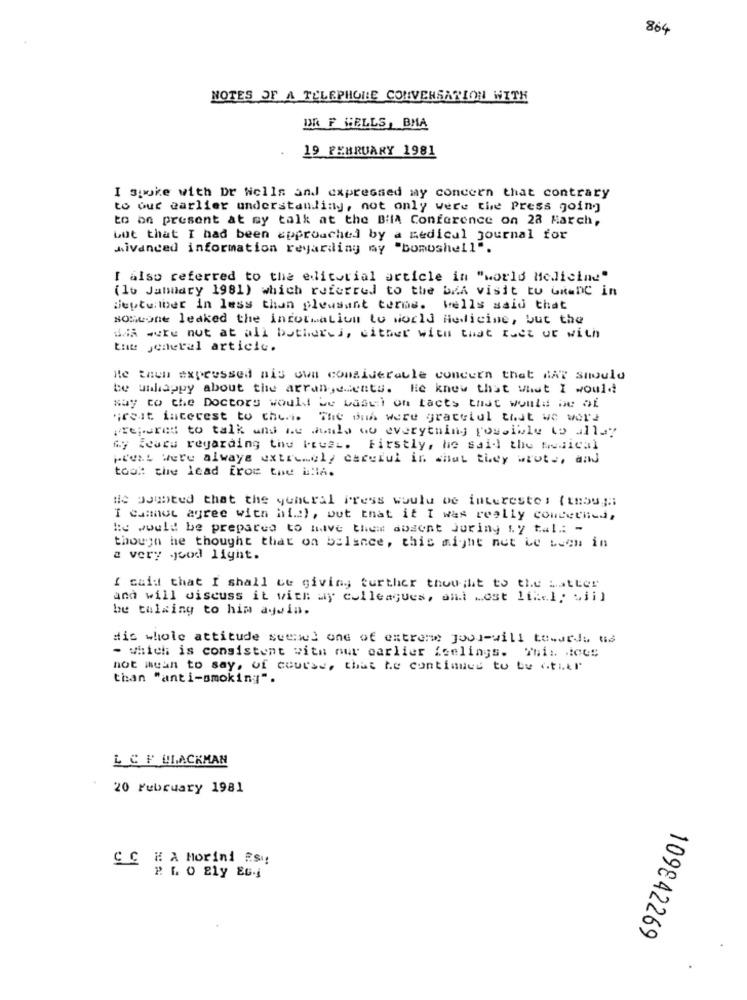
864
NOTES OF A TELEPHONE CONVERSATION WITH
DR F WELLS, BMA
19 FEBRUARY 1981
I spoke with Dr Wells and expressed my concern that contrary
to our earlier understanding, not only were the Press going
to an present at my talk at the Bila Conference on 22 March,
but that I had been approached by a medical journal for
Mivanced information regarding my "bombshell".
I also referred to the editorial article in "world Medicine"
(16 January 1981) which referred to the DiA visit to GraDC in
September in less than pleasant terms. wells said that
someone leaked the information to world Medicine, but the
WAR were not at all bothered, either with that fact or with
the general article.
Re taun expressed nis owa considerable concern that HAT should
be unhappy about the arrangements. He knew that What I would
way to the Doctors would be Lasui on facts that would be of
Greit interest to chemie The duh were gracetul that we were
prepared to talk ans he dado ao everything possible to allay
My tears regarding the best. Firstly, he said the Endical
"C'est Were always extremely careful in what they wrote, dad
took the lead from the illa.
the pointed that the general press would be interestes (inbu;)
I cannot agree with hla), but that if I was really condetlcd,
he would be prepared to have them absent Juring i. y tal .: -
though he thought that on balance, this might not Le been in
a very good light.
I said that I shall be giving further thought to the Latter
and will discuss it with ay colleagues, ont Most likely siil
be talking to him ayein.
His whole attitude suend one of extreme joon-will towards us
- which is consistent with our carlier feelings. This ious
not mean to say, of course, that he continues to be other
than "anti-smoking".
L CF BLACKMAN
20 February 1981
CC MA Morini ES !!
109842269